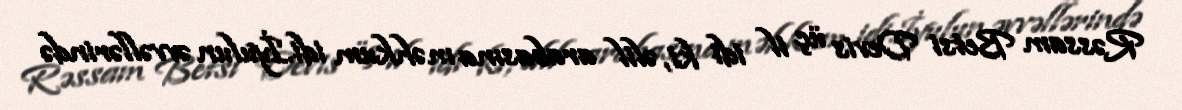
Rəssam Betsi Devis üç il idi ki, əlil arabasına məhkum idi.İyulun əvvəllərində